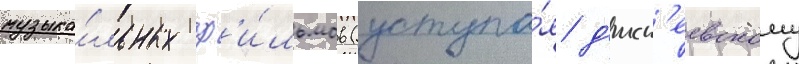
музыка́льных ф'и́льмов (уступа́я д'исн'еевскому